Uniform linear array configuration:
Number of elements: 48
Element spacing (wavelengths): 0.25
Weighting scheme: cosine
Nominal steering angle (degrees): -60
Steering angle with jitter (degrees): -60.658
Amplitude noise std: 0.05
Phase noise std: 0.05

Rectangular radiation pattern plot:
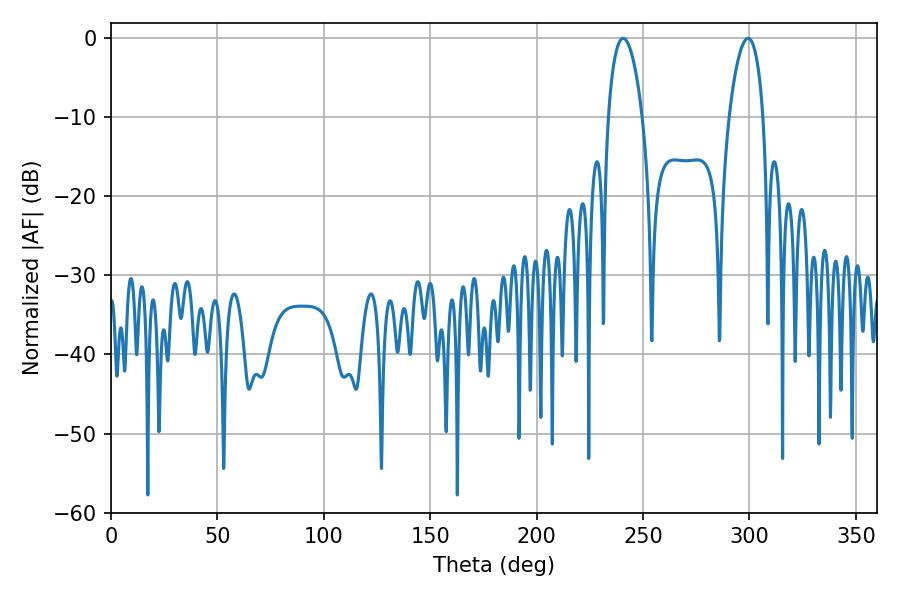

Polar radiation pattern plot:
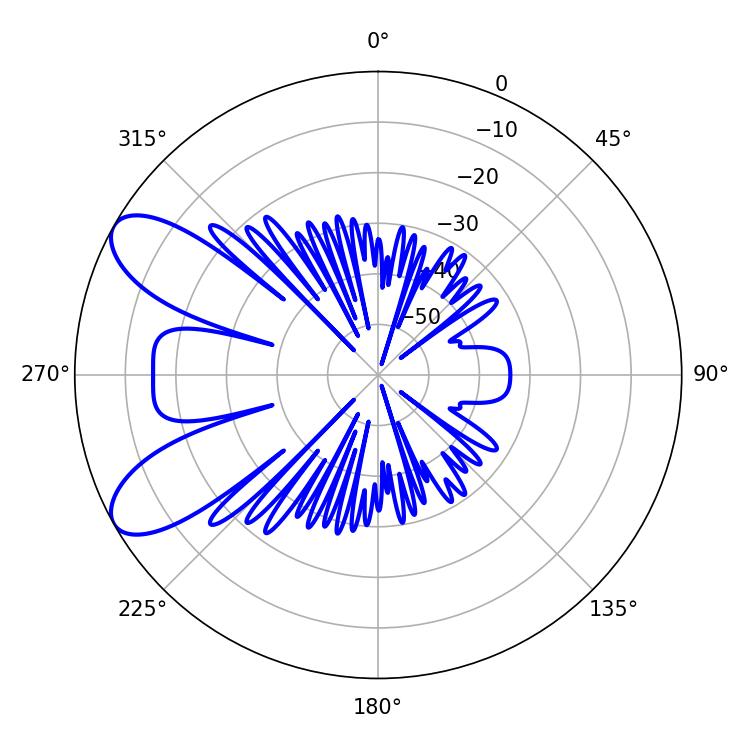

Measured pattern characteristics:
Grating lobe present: FALSE
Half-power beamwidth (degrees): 9
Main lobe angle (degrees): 240.66